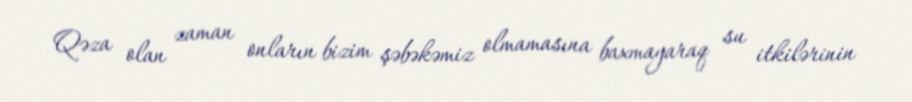
Qəza olan zaman onların bizim şəbəkəmiz olmamasına baxmayaraq su itkilərinin